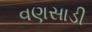
વણસાડી